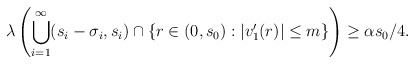
\begin{align*}\lambda \left( \bigcup_{i=1}^{\infty} (s_i - \sigma_i, s_i) \cap \{ r \in (0, s_0) : |v_1'(r) | \leq m\} \right) \geq \alpha s_0 / 4.\end{align*}